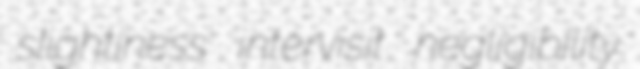
slightiness intervisit negligibility